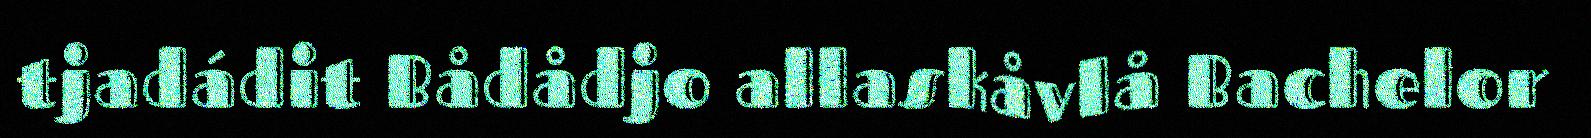
tjadádit Bådådjo allaskåvlå Bachelor